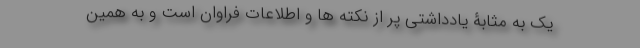
یک به مثابۀ یادداشتی پر از نکته ها و اطلاعات فراوان است و به همین